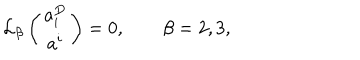
{ \cal L } _ { \beta } \left( \begin{array} { c } { { a _ { i } ^ { D } } } \\ { { a ^ { i } } } \\ \end{array} \right) = 0 , \qquad \beta = 2 , 3 ,